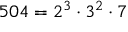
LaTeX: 5 0 4 = 2 ^ { 3 } \cdot 3 ^ { 2 } \cdot 7